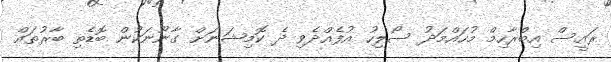
ރައީސް އިބްރާހިމް މުހައްމަދު ސޯލިހު އުފެއްދެވި ދެ ކޮމިޝަނަށް ގާނޫނަކުން ބޮޑެތި ބާރުތައް